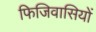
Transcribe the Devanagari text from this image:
फिजिवासियों